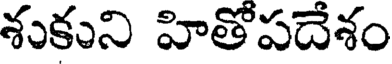
శుకుని హితోపదేశం